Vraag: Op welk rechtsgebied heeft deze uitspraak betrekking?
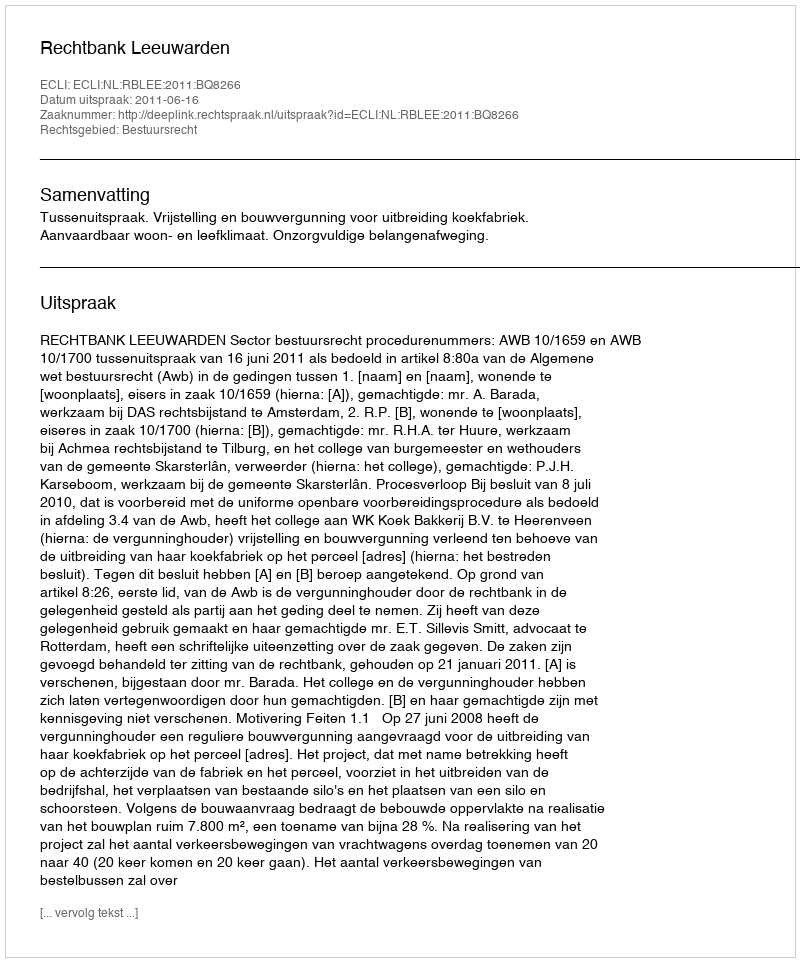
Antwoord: Bestuursrecht